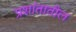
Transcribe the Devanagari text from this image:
प्रशांतातील